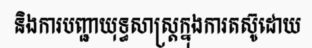
និងការបញ្ជាយុទ្ធសាស្ត្រក្នុងការតស៊ូដោយ